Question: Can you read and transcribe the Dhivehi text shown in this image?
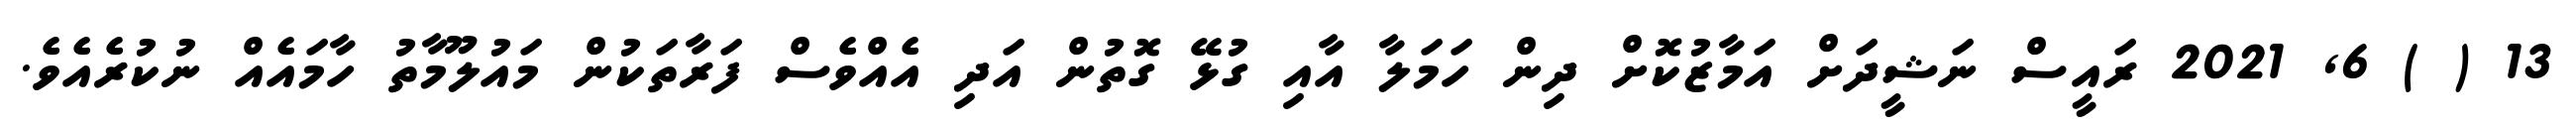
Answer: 13 ( ) 6, 2021 ރައީސް ނަޝީދަށް އަމާޒުކޮށް ދިން ހަމަލާ އާއި ގުޅޭ ގޮތުން އަދި އެއްވެސް ފަރާތަކުން މައުލޫމާތު ހާމައެއް ނުކުރެއެވެ.